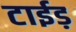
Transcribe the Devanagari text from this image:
टाईड़